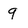
Character: 9